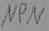
Text: NPN